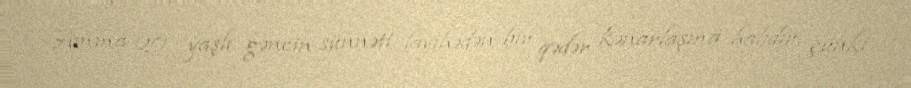
Amma 20 yaşlı gəncin sünnəti layihədən bir qədər kənarlaşma halıdır, çünki